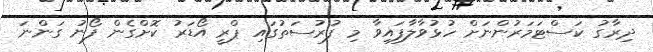
ދިރާގު ކަސްޓަމަރުންނަށް ހުޅުވާލާފައިވާ މި ފުރުސަތުގައި ޕްރީ އޯޑަރު ކޮށްގެން ފޯނު ގަންނަ